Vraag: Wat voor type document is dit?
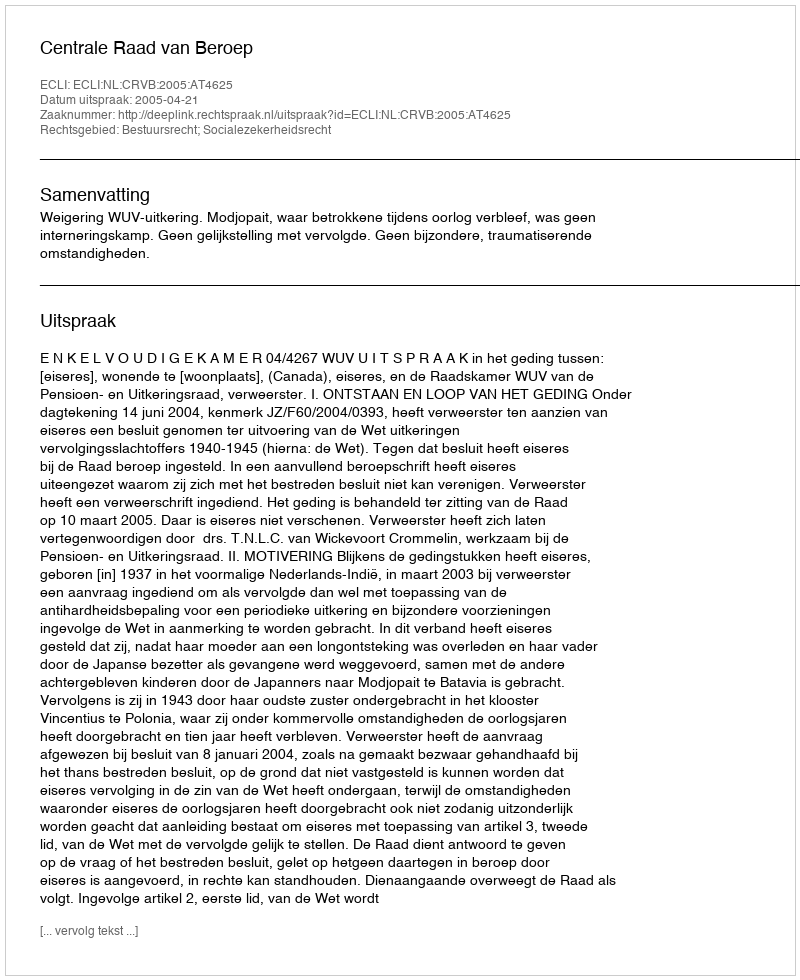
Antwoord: Uitspraak